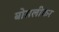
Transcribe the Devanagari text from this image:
बोसलीकर